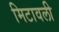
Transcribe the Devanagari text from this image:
मिटावली